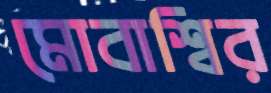
মোবাশ্বির